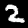
Digit: 2